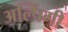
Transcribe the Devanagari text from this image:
अल्पिंगी